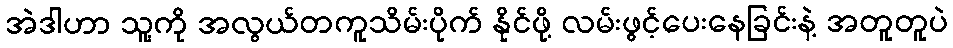
အဲဒါဟာ သူ့ကို အလွယ်တကူသိမ်းပိုက် နိုင်ဖို့ လမ်းဖွင့်ပေးနေခြင်းနဲ့ အတူတူပဲ